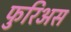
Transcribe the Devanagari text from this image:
फुरिअस